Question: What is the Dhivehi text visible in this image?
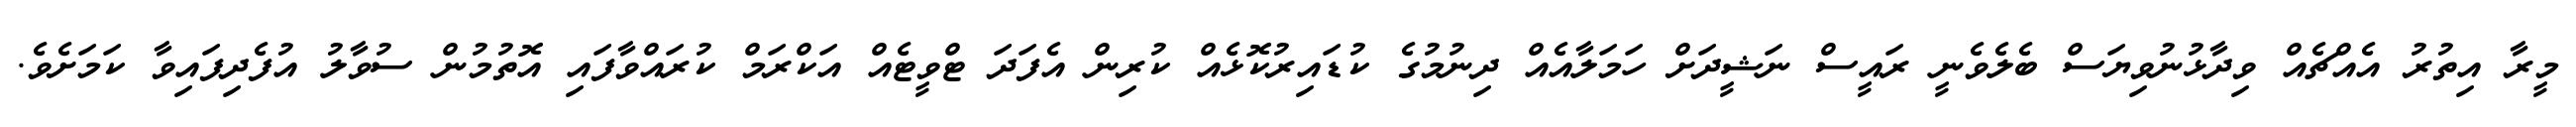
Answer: މީރާ އިތުރު އެއްޗެއް ވިދާޅުނުވިޔަސް ބެލެވެނީ ރައީސް ނަޝީދަށް ހަމަލާއެއް ދިނުމުގެ ކުޑައިރުކޮޅެއް ކުރިން އެފަދަ ޓްވީޓެއް އަކްރަމް ކުރައްވާފައި އޮތުމުން ސުވާލު އުފެދިފައިވާ ކަމަށެވެ.